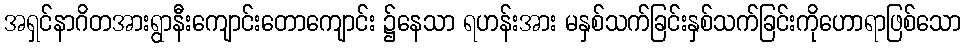
အရှင်နာဂိတအားရွာနီးကျောင်းတောကျောင်း ၌နေသာ ရဟန်းအား မနှစ်သက်ခြင်းနှစ်သက်ခြင်းကိုဟောရာဖြစ်သော